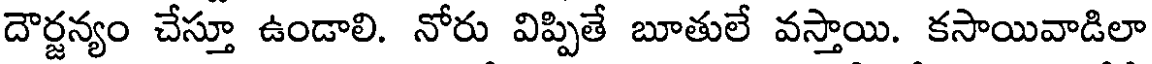
దౌర్జన్యం చేస్తూ ఉండాలి. నోరు విప్పితే బూతులే వస్తాయి. కసాయివాడిలా